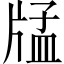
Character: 𤗖